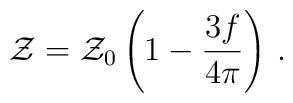
{\cal Z} = {\cal Z}_0 \left( 1-\frac{3f}{4\pi}\right)\,.